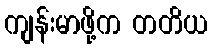
ကျန်းမာဖို့က တတိယ